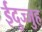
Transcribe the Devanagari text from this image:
ईदुज्जुह